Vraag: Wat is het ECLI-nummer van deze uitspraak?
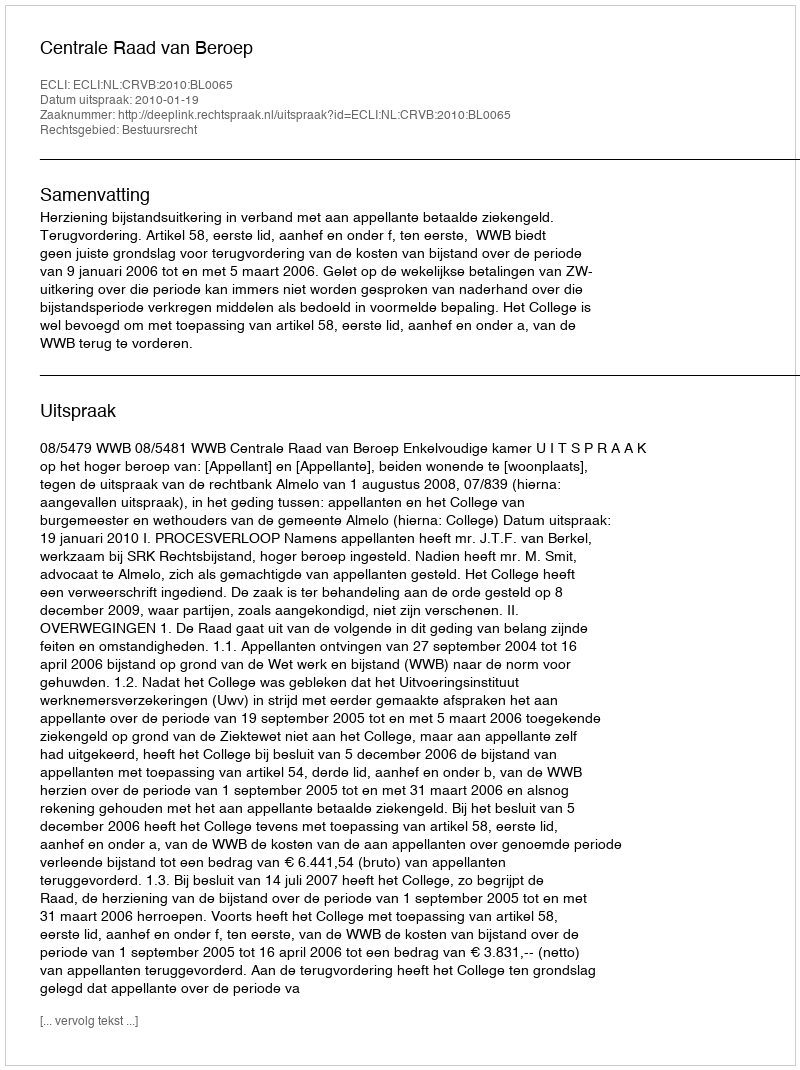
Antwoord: ECLI:NL:CRVB:2010:BL0065